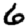
Digit: 6